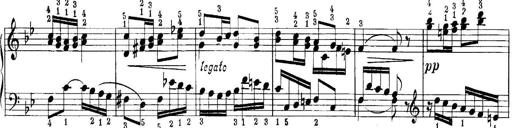
Title: Quatres sonatines
Composer: Tadeusz Joteyko